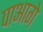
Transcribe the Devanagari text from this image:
पाआगे